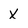
Character: X